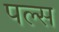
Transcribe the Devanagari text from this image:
पल्‍स